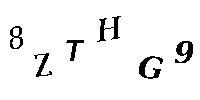
8ZTHG9